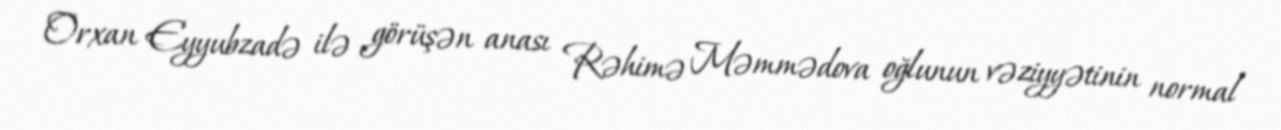
Orxan Eyyubzadə ilə görüşən anası Rəhimə Məmmədova oğlunun vəziyyətinin normal